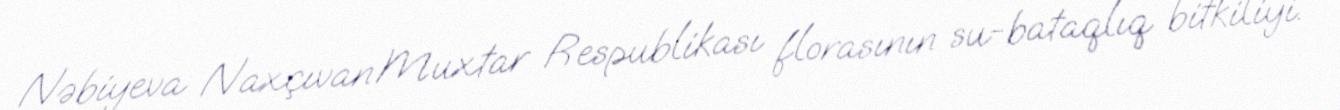
Nəbiyeva Naxçıvan Muxtar Respublikası florasının su-bataqlıq bitkiliyi.